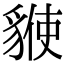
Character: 𧳡